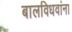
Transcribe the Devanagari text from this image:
बालविधवांना